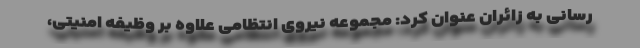
رسانی به زائران عنوان کرد: مجموعه نیروی انتظامی علاوه بر وظیفه امنیتی،